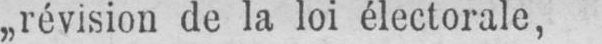
„révision de la loi électorale,